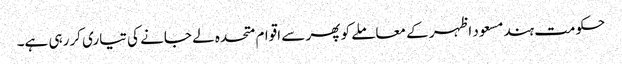
حکومت ہندمسعود اظہر کے معاملے کو پھر سے اقوام متحدہ لے جانے کی تیاری کررہی ہے۔